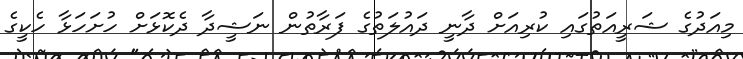
މިއަދުގެ ޝަރީއަތުގައި ކުރިއަށް ދާނީ ދައުލަތުގެ ފަރާތުން ނަޝީދާ ދެކޮޅަށް ހުށަހަޅާ ހެކީގެ